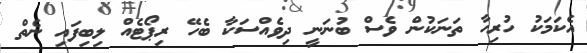
އެކަމަކު ހުރިހާ ތަނަކުން ވެސް ބުނަނީ ދިވެއްސަކާ ބެހޭ ރިޕޯޓެއް ލިބިފައި ނެތް